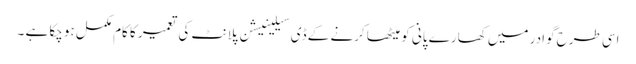
اسی طرح گوادر میں کھارے پانی کو میٹھا کرنے کے ڈی سیلینیشن پلانٹ کی تعمیر کا کام مکمل ہوچکا ہے ۔